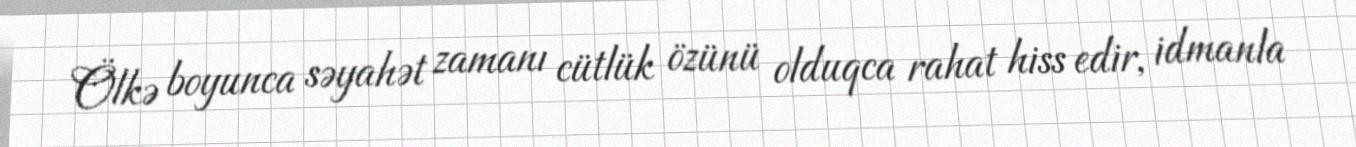
Ölkə boyunca səyahət zamanı cütlük özünü olduqca rahat hiss edir, idmanla